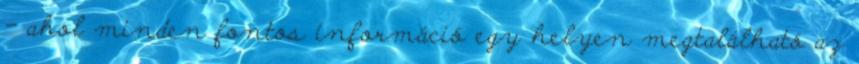
- ahol minden fontos információ egy helyen megtalálható az